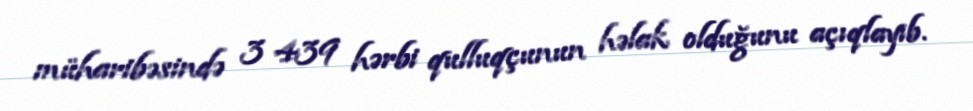
müharibəsində 3 439 hərbi qulluqçunun həlak olduğunu açıqlayıb.